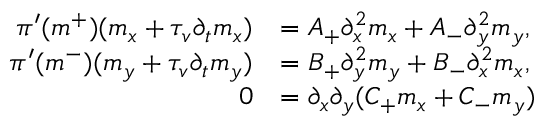
\begin{array} { r l } { \pi ^ { \prime } ( m ^ { + } ) ( m _ { x } + \tau _ { v } \partial _ { t } m _ { x } ) } & { = A _ { + } \partial _ { x } ^ { 2 } m _ { x } + A _ { - } \partial _ { y } ^ { 2 } m _ { y } , } \\ { \pi ^ { \prime } ( m ^ { - } ) ( m _ { y } + \tau _ { v } \partial _ { t } m _ { y } ) } & { = B _ { + } \partial _ { y } ^ { 2 } m _ { y } + B _ { - } \partial _ { x } ^ { 2 } m _ { x } , } \\ { 0 } & { = \partial _ { x } \partial _ { y } ( C _ { + } m _ { x } + C _ { - } m _ { y } ) } \end{array}